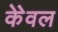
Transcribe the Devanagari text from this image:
केेवल